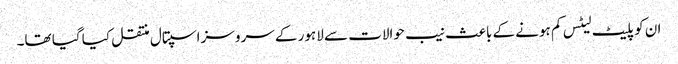
ان کو پلیٹ لیٹس کم ہونے کے باعث نیب حوالات سے لاہور کے سروسز اسپتال منتقل کیا گیا تھا۔